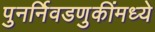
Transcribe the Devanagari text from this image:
पुनर्निवडणुकींमध्ये